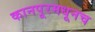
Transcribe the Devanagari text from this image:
कानपूरमधूनच